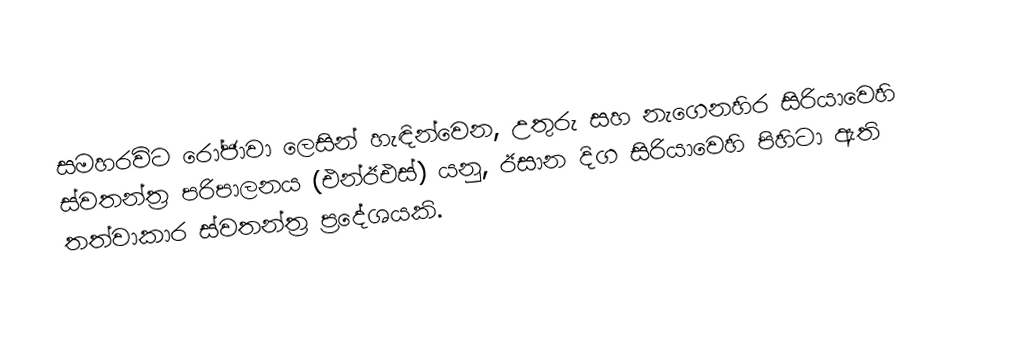
සමහරවිට රෝජාවා ලෙසින් හැඳින්වෙන,  උතුරු සහ නැගෙනහිර සිරියාවෙහි ස්වතන්ත්‍ර පරිපාලනය (එන්ඊඑස්) යනු, ඊසාන දිග සිරියාවෙහි පිහිටා ඇති තත්වාකාර ස්වතන්ත්‍ර ප්‍රදේශයකි.